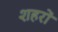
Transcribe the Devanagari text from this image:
शहरों